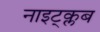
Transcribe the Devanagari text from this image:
नाइट्क्लब